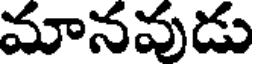
మానవుడు